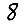
Digit: 8